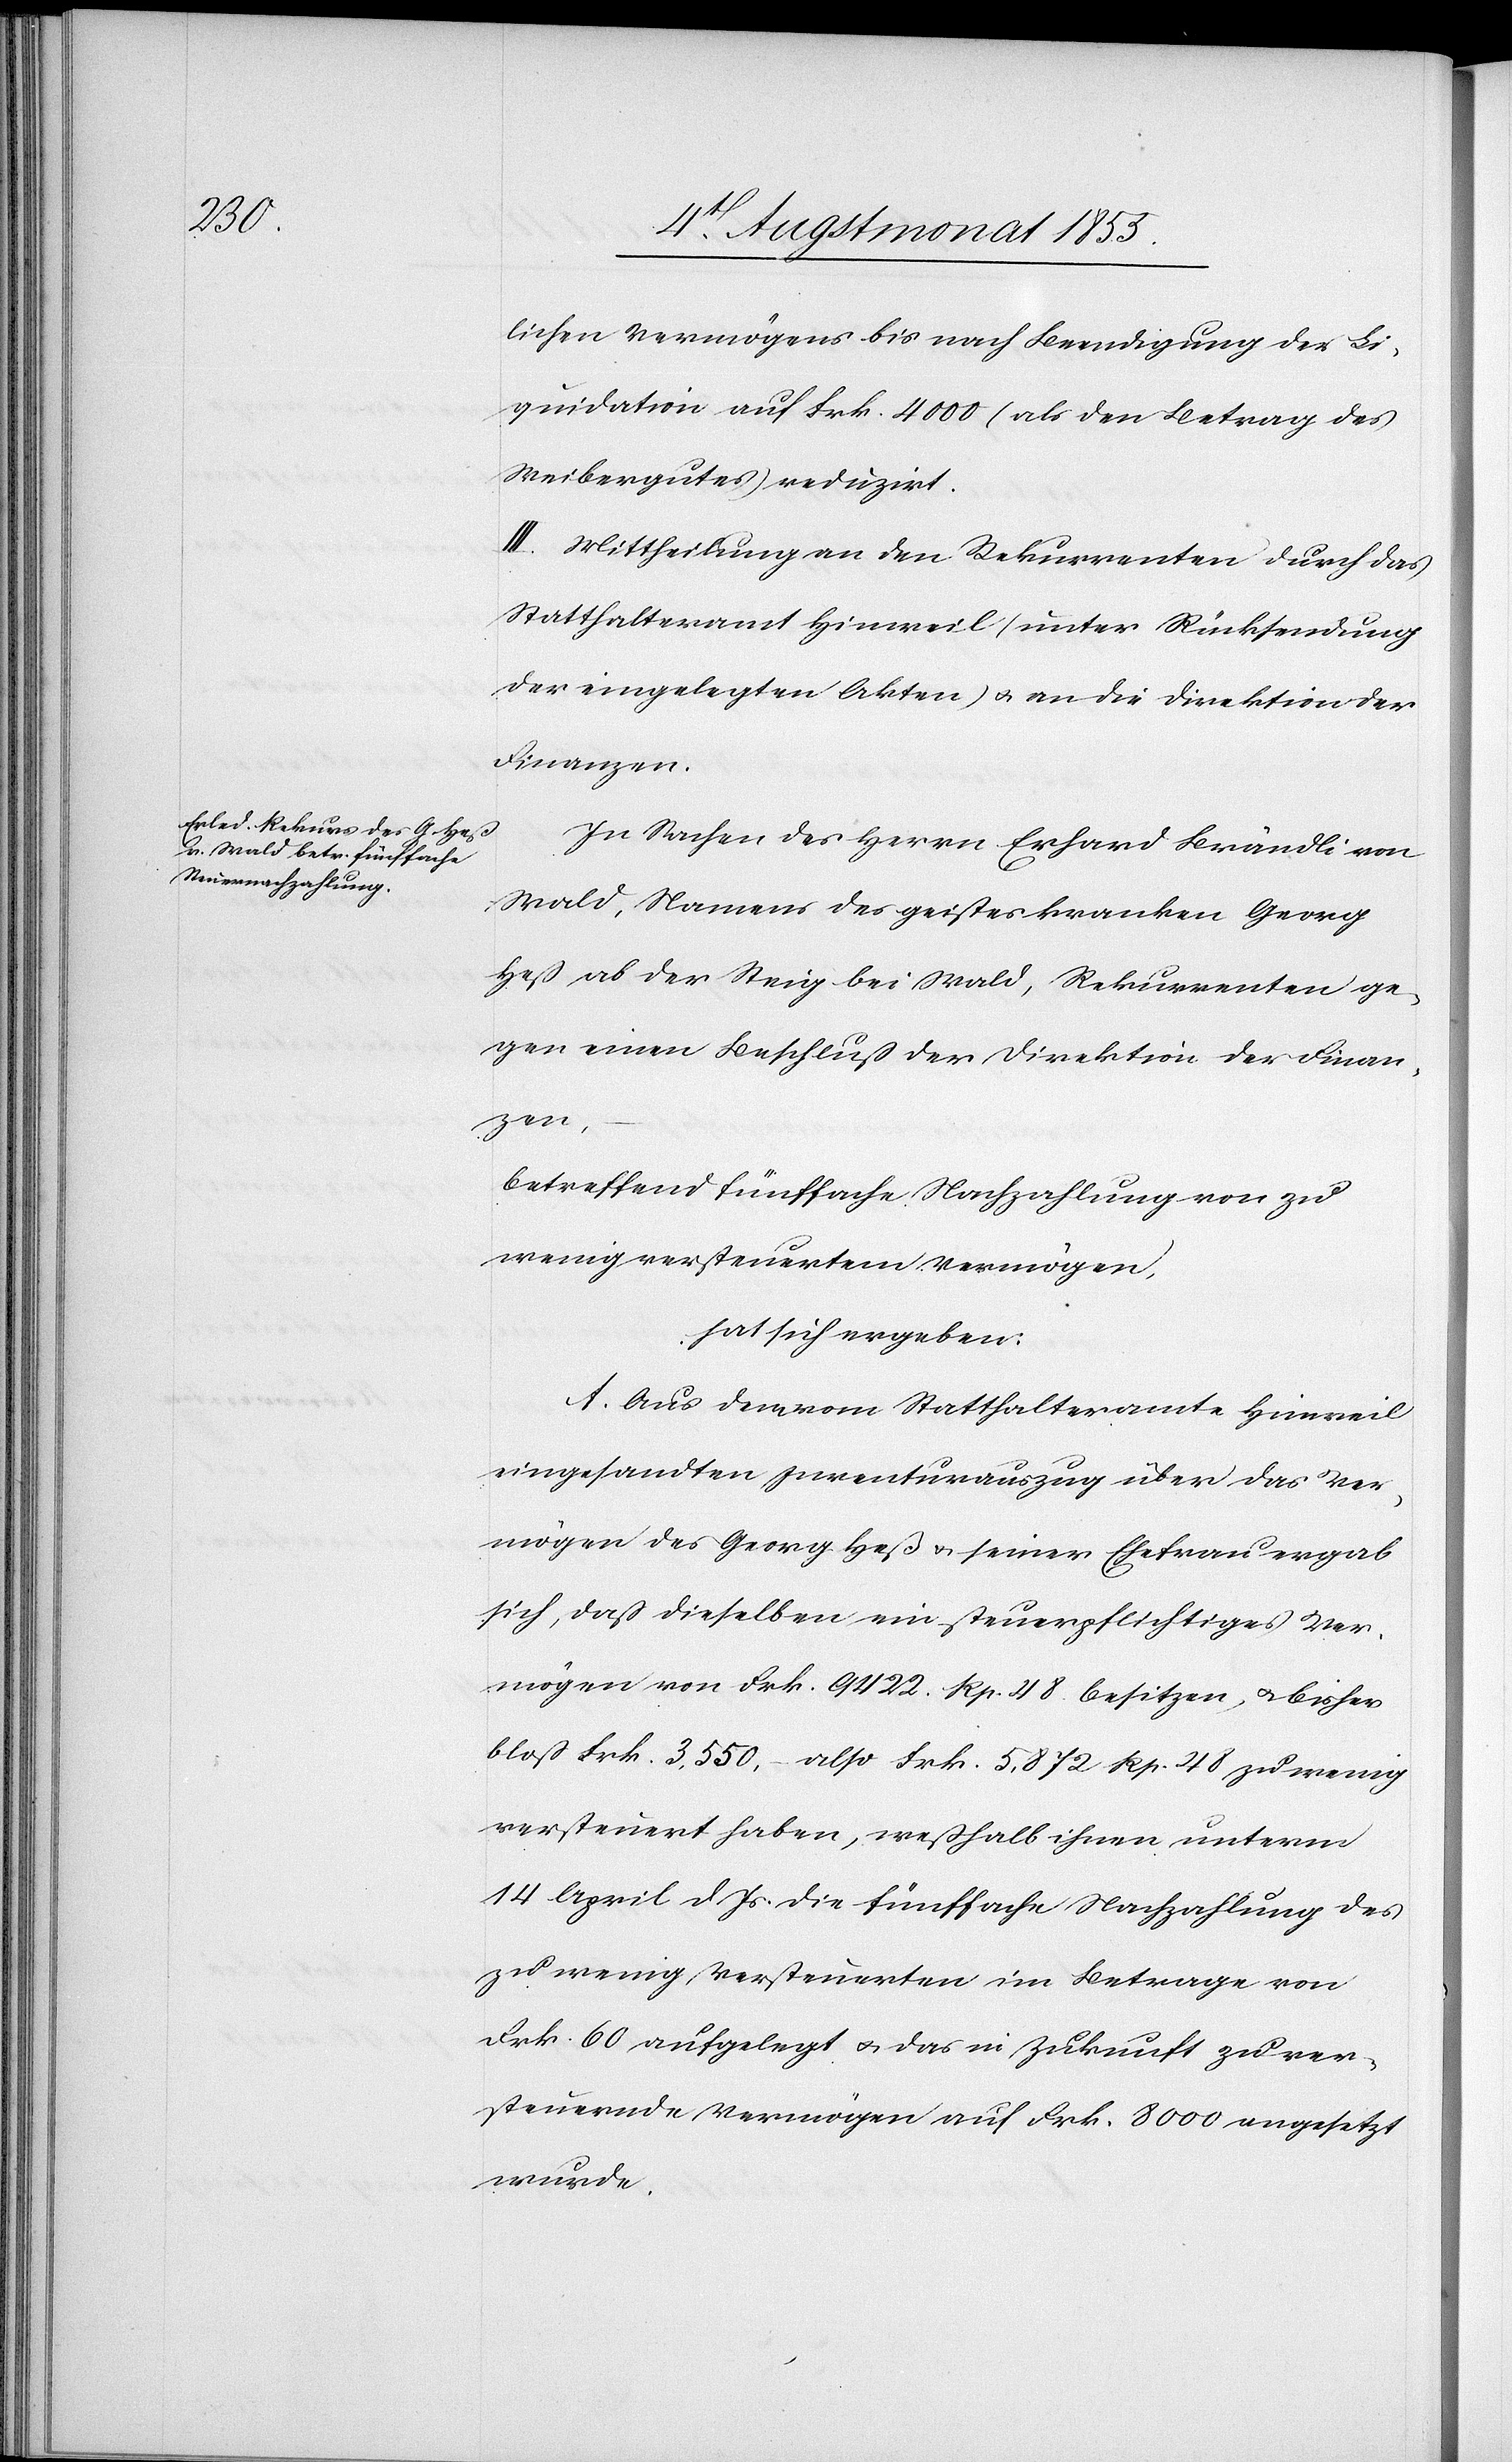
lichen Vermögens bis nach Beendigung der Li¬
quidation auf Frk. 4000 (als den Betrag des
Weibergutes) reduzirt.
III. Mittheilung an den Rekurrenten durch das
Statthalteramt Hinweil (unter Rücksendung
der eingelegten Akten) & an die Direktion der
Finanzen.
In Sachen des Herrn Erhard Brändli von
Wald, Namens des geisteskranken Georg
Heß ab der Steig bei Wald, Rekurrenten ge¬
gen einen Beschluß der Direktion der Finan¬
zen,
betreffend fünffache Nachzahlung von zu
wenig versteuertem Vermögen,
hat sich ergeben:
A. Aus dem vom Statthalteramte Hinweil
eingesandten Inventurauszug über das Ver¬
mögen des Georg Heß & seiner Ehefrau ergab
sich, daß dieselben ein steuerpflichtiges Ver¬
mögen von Frk. 9422. Rp. 48. besitzen, & bisher
bloß Frk. 3,550, – also Frk. 5,872 Rp. 48 zu wenig
versteuert haben, weßhalb ihnen unterm
14 April d. Js. die fünffache Nachzahlung des
zu wenig Versteuerten im Betrage von
Frk. 60 aufgelegt & das in Zukunft zu ver¬
steuernde Vermögen auf Frk. 8000 angesetzt
wurde.